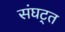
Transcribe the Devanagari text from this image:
संघट्त